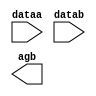
// megafunction wizard: %LPM_COMPARE%VBB%
// GENERATION: STANDARD
// VERSION: WM1.0
// MODULE: LPM_COMPARE 

// ============================================================
// Megafunction Name(s):
// 			LPM_COMPARE
//
// Simulation Library Files(s):
// 			lpm
// ============================================================
// ************************************************************
// THIS IS A WIZARD-GENERATED FILE. DO NOT EDIT THIS FILE!
//
// 13.0.1 Build 232 06/12/2013 SP 1 SJ Full Version
// ************************************************************

//Copyright (C) 1991-2013 Altera Corporation
//Your use of Altera Corporation's design tools, logic functions 
//and other software and tools, and its AMPP partner logic 
//functions, and any output files from any of the foregoing 
//(including device programming or simulation files), and any 
//associated documentation or information are expressly subject 
//to the terms and conditions of the Altera Program License 
//Subscription Agreement, Altera MegaCore Function License 
//Agreement, or other applicable license agreement, including, 
//without limitation, that your use is for the sole purpose of 
//programming logic devices manufactured by Altera and sold by 
//Altera or its authorized distributors.  Please refer to the 
//applicable agreement for further details.

module COMPARE_HUGE (
	dataa,
	datab,
	agb);

	input	[55:0]  dataa;
	input	[55:0]  datab;
	output	  agb;

endmodule

// ============================================================
// CNX file retrieval info
// ============================================================
// Retrieval info: PRIVATE: AeqB NUMERIC "0"
// Retrieval info: PRIVATE: AgeB NUMERIC "0"
// Retrieval info: PRIVATE: AgtB NUMERIC "1"
// Retrieval info: PRIVATE: AleB NUMERIC "0"
// Retrieval info: PRIVATE: AltB NUMERIC "0"
// Retrieval info: PRIVATE: AneB NUMERIC "0"
// Retrieval info: PRIVATE: INTENDED_DEVICE_FAMILY STRING "Cyclone II"
// Retrieval info: PRIVATE: LPM_PIPELINE NUMERIC "0"
// Retrieval info: PRIVATE: Latency NUMERIC "0"
// Retrieval info: PRIVATE: PortBValue NUMERIC "0"
// Retrieval info: PRIVATE: Radix NUMERIC "10"
// Retrieval info: PRIVATE: SYNTH_WRAPPER_GEN_POSTFIX STRING "0"
// Retrieval info: PRIVATE: SignedCompare NUMERIC "0"
// Retrieval info: PRIVATE: aclr NUMERIC "0"
// Retrieval info: PRIVATE: clken NUMERIC "0"
// Retrieval info: PRIVATE: isPortBConstant NUMERIC "0"
// Retrieval info: PRIVATE: nBit NUMERIC "56"
// Retrieval info: PRIVATE: new_diagram STRING "1"
// Retrieval info: LIBRARY: lpm lpm.lpm_components.all
// Retrieval info: CONSTANT: LPM_REPRESENTATION STRING "UNSIGNED"
// Retrieval info: CONSTANT: LPM_TYPE STRING "LPM_COMPARE"
// Retrieval info: CONSTANT: LPM_WIDTH NUMERIC "56"
// Retrieval info: USED_PORT: agb 0 0 0 0 OUTPUT NODEFVAL "agb"
// Retrieval info: USED_PORT: dataa 0 0 56 0 INPUT NODEFVAL "dataa[55..0]"
// Retrieval info: USED_PORT: datab 0 0 56 0 INPUT NODEFVAL "datab[55..0]"
// Retrieval info: CONNECT: @dataa 0 0 56 0 dataa 0 0 56 0
// Retrieval info: CONNECT: @datab 0 0 56 0 datab 0 0 56 0
// Retrieval info: CONNECT: agb 0 0 0 0 @agb 0 0 0 0
// Retrieval info: GEN_FILE: TYPE_NORMAL COMPARE_HUGE.v TRUE
// Retrieval info: GEN_FILE: TYPE_NORMAL COMPARE_HUGE.inc FALSE
// Retrieval info: GEN_FILE: TYPE_NORMAL COMPARE_HUGE.cmp FALSE
// Retrieval info: GEN_FILE: TYPE_NORMAL COMPARE_HUGE.bsf FALSE
// Retrieval info: GEN_FILE: TYPE_NORMAL COMPARE_HUGE_inst.v TRUE
// Retrieval info: GEN_FILE: TYPE_NORMAL COMPARE_HUGE_bb.v TRUE
// Retrieval info: LIB_FILE: lpm